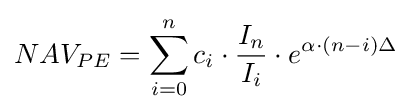
NAV_{PE}=\sum _{i=0}^{n}{c_{i}\cdot {\frac {I_{n}}{I_{i}}}\cdot e^{\alpha \cdot (n-i)\Delta }}